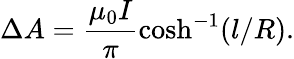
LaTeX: \Delta A=\frac{\mu_{0}I}{\pi}\cosh^{-1}(l/R).